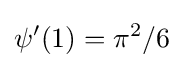
\psi '(1)=\pi ^{2}/6